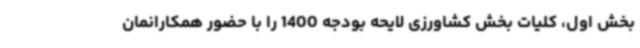
بخش اول، کلیات بخش کشاورزی لایحه بودجه 1400 را با حضور همکارانمان